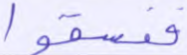
ففسقوا